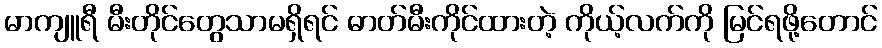
မာကျူရီ မီးတိုင်တွေသာမရှိရင် ဓာတ်မီးကိုင်ထားတဲ့ ကိုယ့်လက်ကို မြင်ရဖို့တောင်